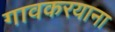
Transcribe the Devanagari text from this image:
गावकरयाना